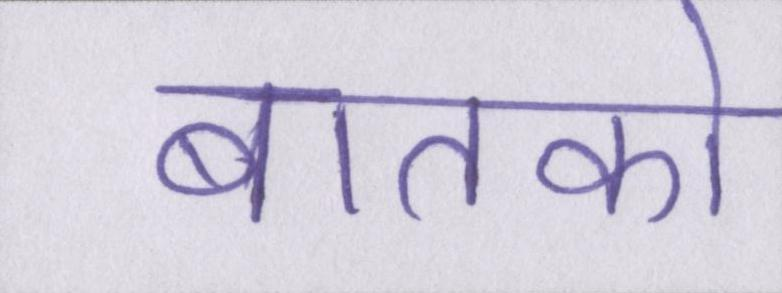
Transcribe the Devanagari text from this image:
बातको